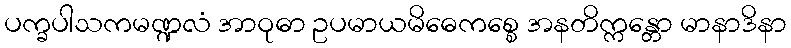
ပက္ခပါသကမဏ္ဍလံ အာဝုဓာ ဥပမာယမိဓေကစ္စေ အနတိက္ကန္တော မာနာဒိနာ